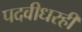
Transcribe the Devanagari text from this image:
पदवीधरही